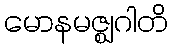
မောနမဇ္ဈဂါတိ